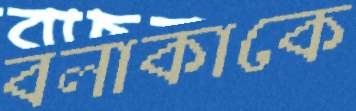
বলাকাকে